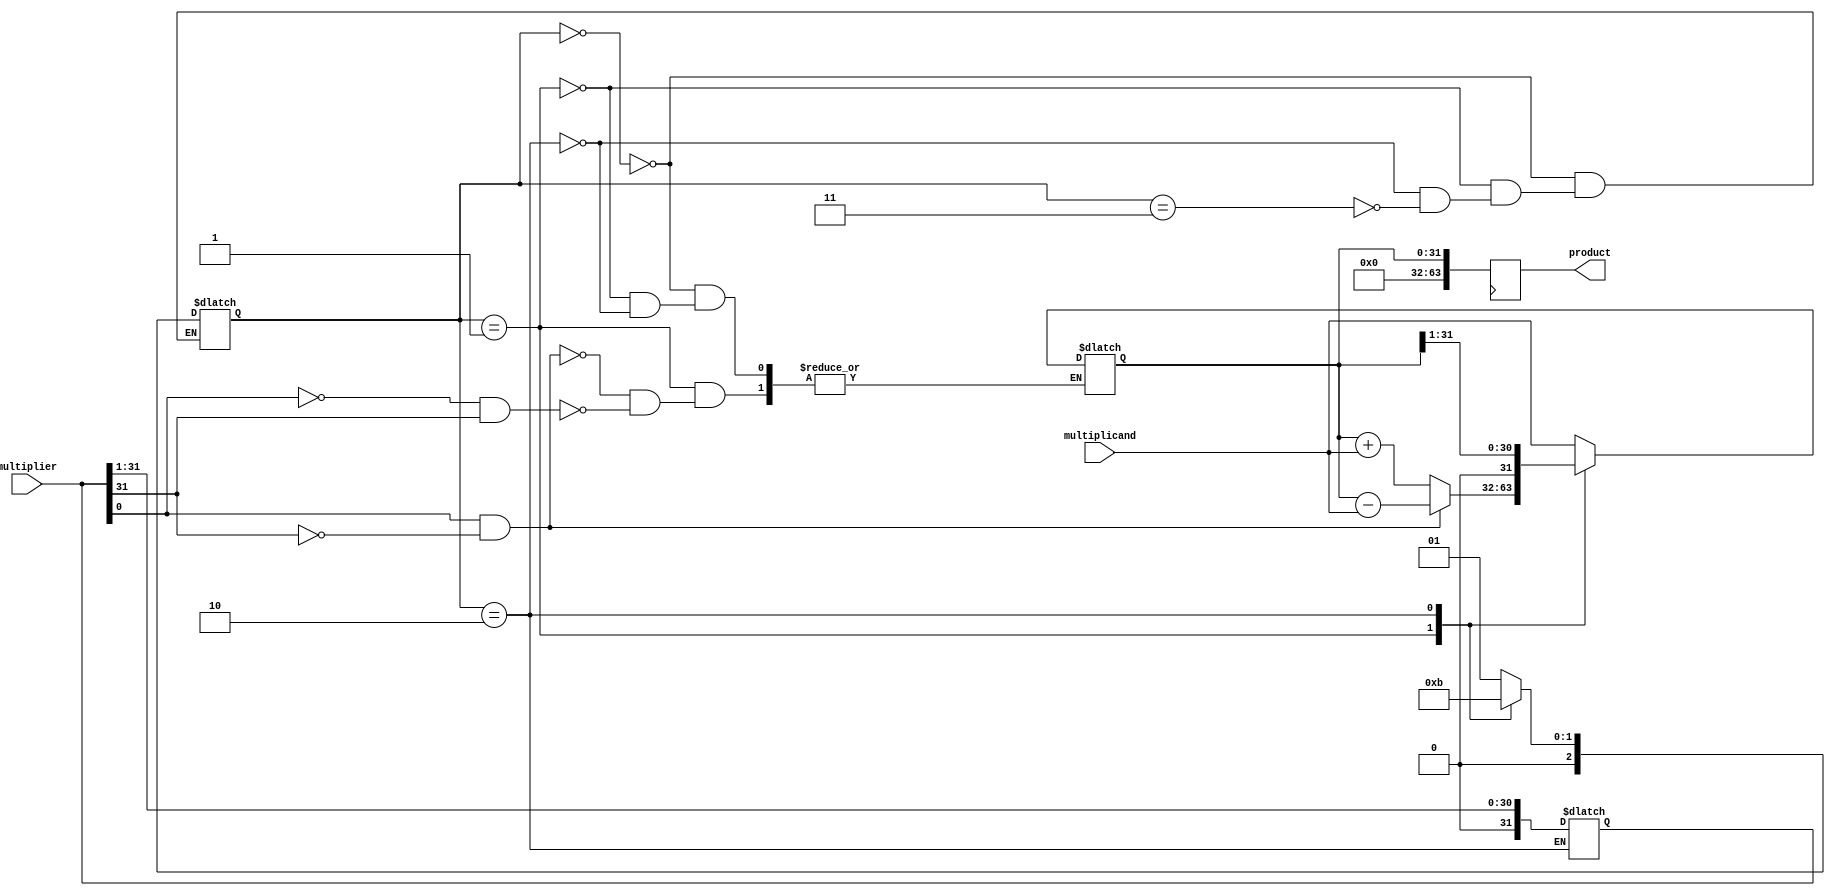
module booth_multiplier(
    input [31:0] multiplicand,
    input [31:0] multiplier,
    output reg [63:0] product
);

reg [31:0] partial_product;
reg [2:0] state;

always @(*)
begin
    case(state)
        3'b000: begin // Initial state
            partial_product <= {32'b0, multiplicand};
            state <= 3'b001;
        end
        3'b001: begin // State A
            if(multiplier[0] == 1 && multiplier[31] == 0)
                partial_product <= partial_product - multiplicand;
            else if(multiplier[0] == 0 && multiplier[31] == 1)
                partial_product <= partial_product + multiplicand;
            state <= 3'b010;
        end
        3'b010: begin // State B
            partial_product <= partial_product >> 1;
            multiplier <= multiplier >> 1;
            state <= 3'b011;
        end
        3'b011: begin // State C
            state <= 3'b001;
        end
    endcase
end

always @(posedge clk)
begin
    product <= partial_product;
end

endmodule